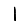
Digit: 1